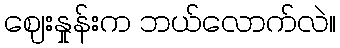
ဈေးနှုန်းက ဘယ်လောက်လဲ။